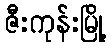
ဇီးကုန်းမြို့